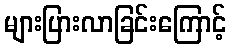
များပြားလာခြင်းကြောင့်